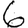
Digit: 6